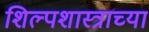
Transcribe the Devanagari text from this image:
शिल्पशास्त्राच्या